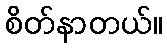
စိတ်နာတယ်။